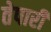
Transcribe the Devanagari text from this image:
तेपारी